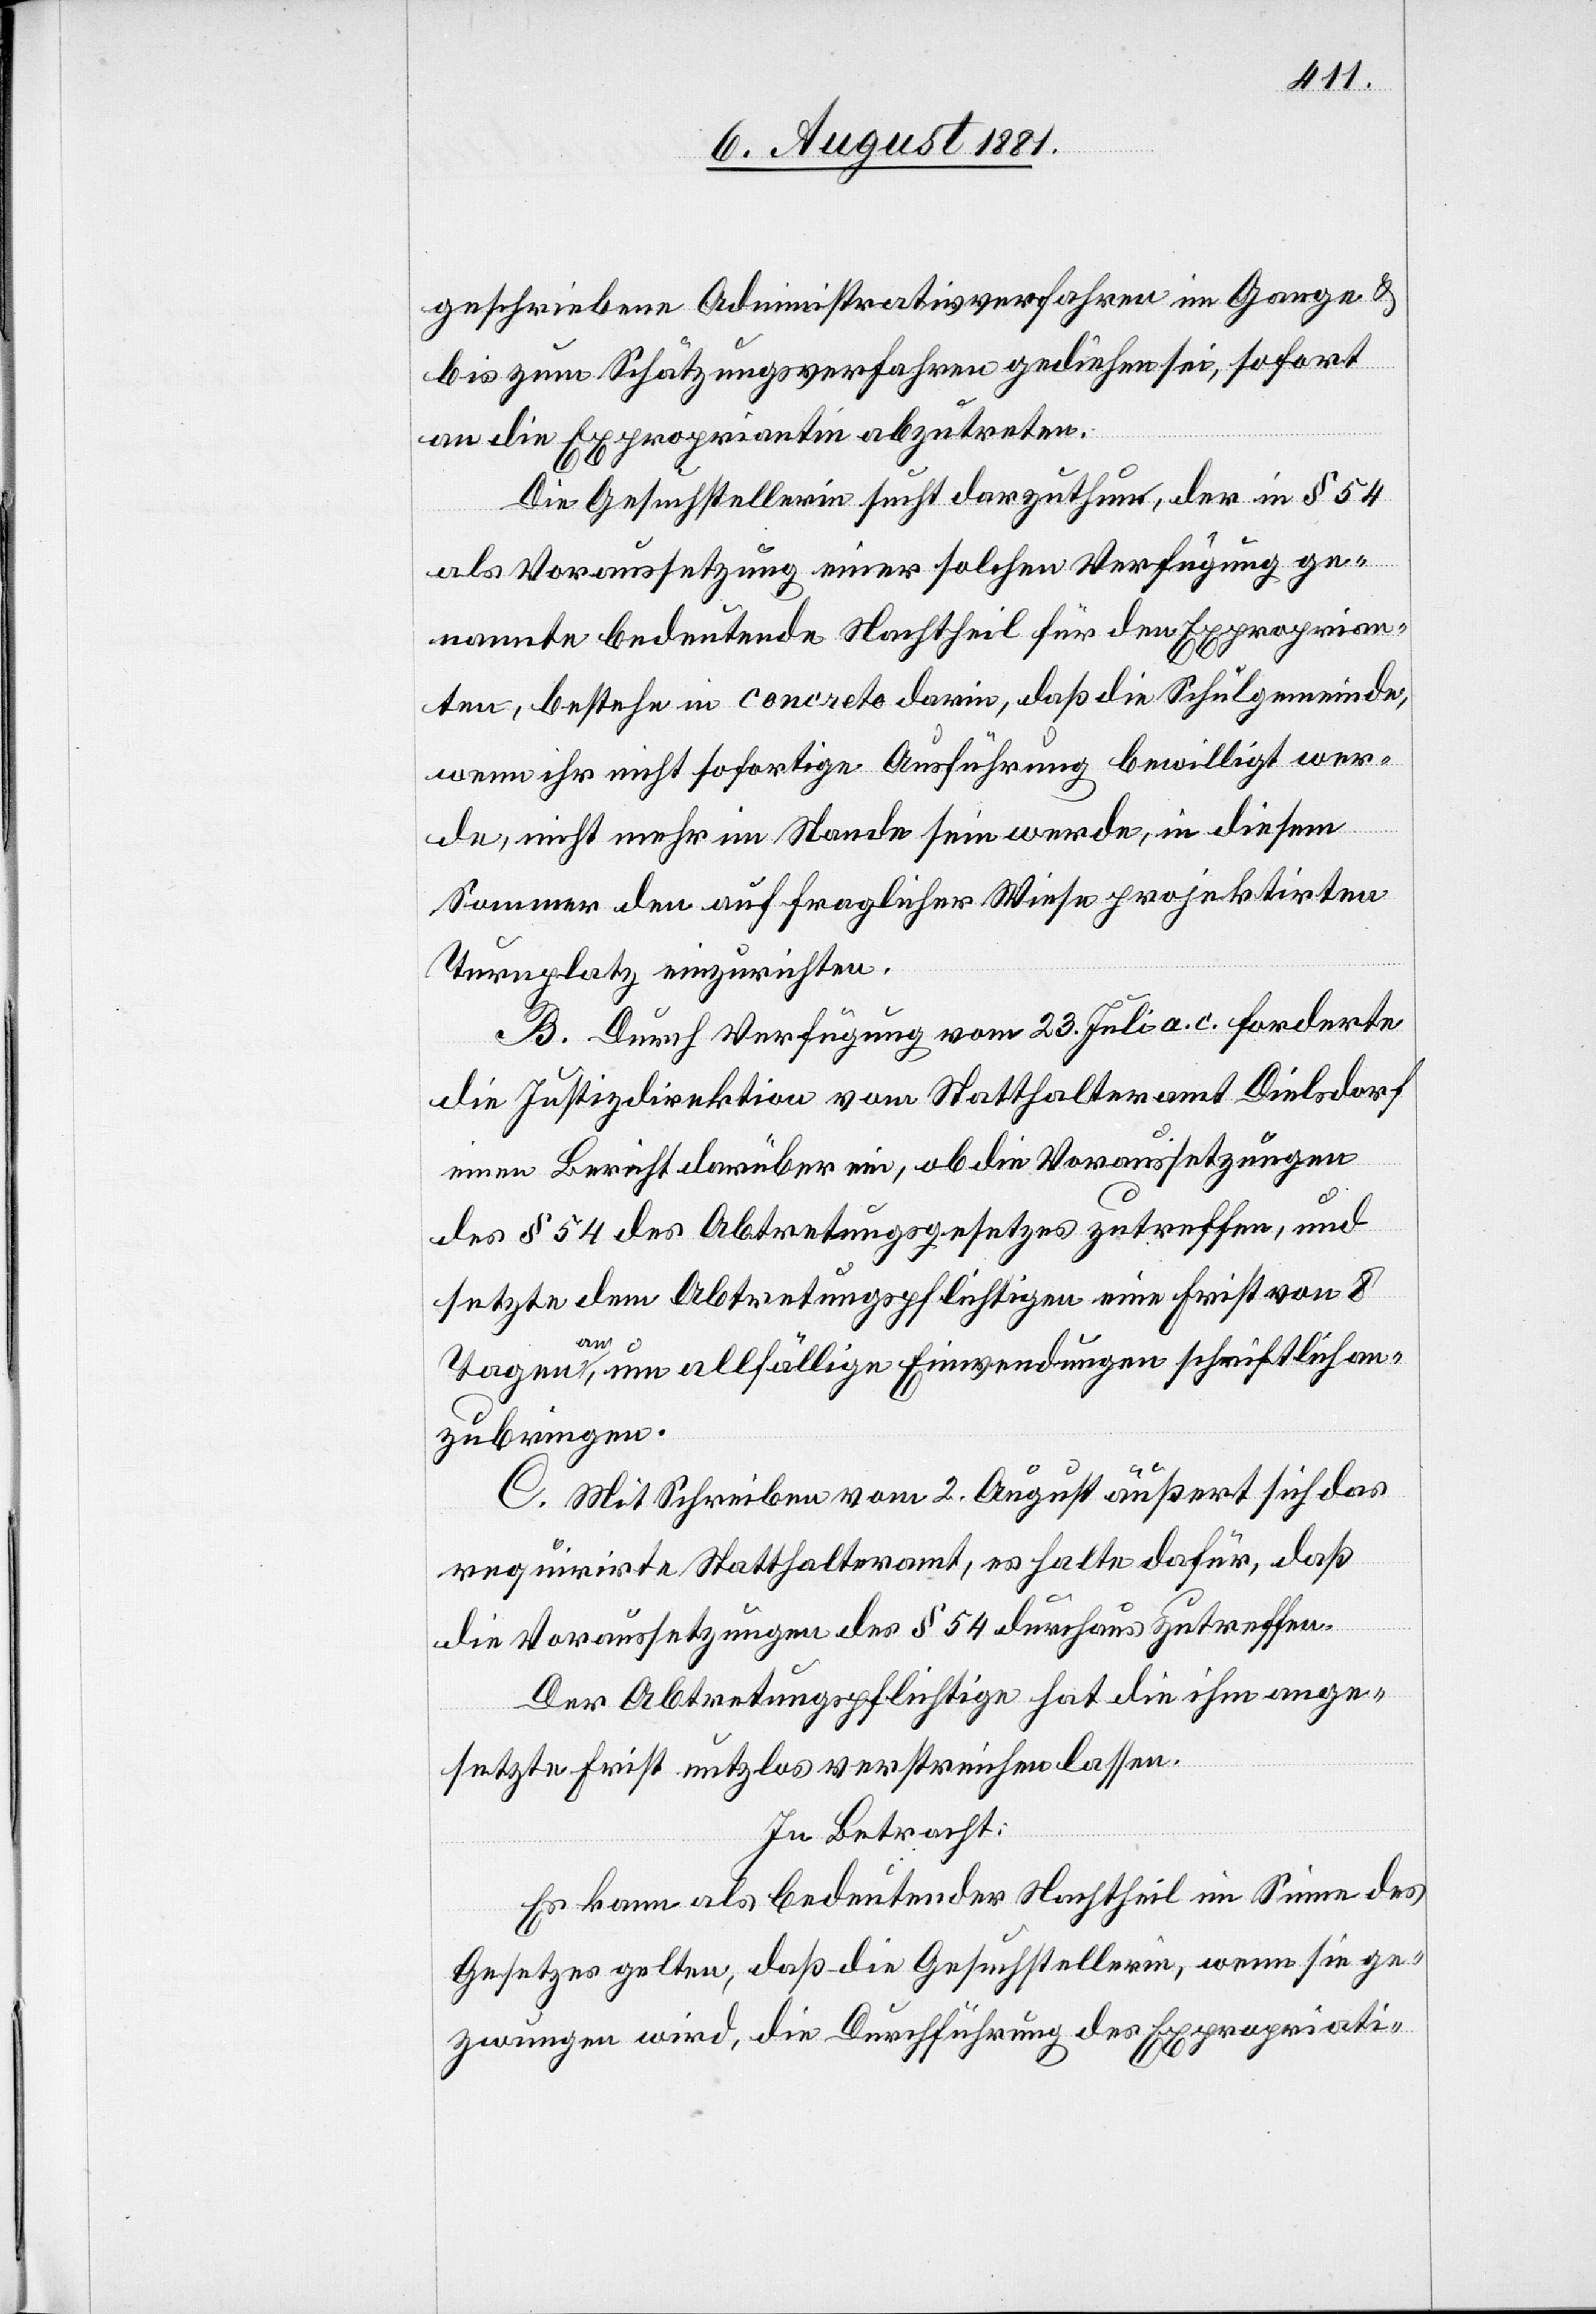
geschriebene Administrativverfahren im Gange &
bis zum Schätzungsverfahren gediehen sei, sofort
an die Expropriation abzutreten.
Die Gesuchstellerin sucht darzuthun, der in § 54
als Voraussetzung einer solchen Verfügung ge¬
nannte bedeutende Nachtheil für den Exproprian¬
ten, bestehe in concreto darin, daß die Schulgemeinde,
wenn ihr nicht sofortige Ausführung bewilligt wer¬
de, nicht mehr im Stande sein werde, in diesem
Sommer den auf fraglicher Weise projektirten
Turnplatz einzurichten.
B. Durch Verfügung vom 23. Juli a. c. forderte
die Justizdirektion vom Statthalteramt Dielsdorf
einen Bericht darüber ein, ob die Voraussetzungen
des § 54 des Abtretungsgesetzes zutreffen, und
setzte dem Abtretungspflichtigen eine Frist von 8
Tagen an, um allfällige Einwendungen schriftlich an¬
zubringen.
C. Mit Schreiben vom 2. August äußert sich das
requirirte Statthalteramt, es halte dafür, daß
die Voraussetzungen des § 54 durchaus zutreffen.
Der Abtretungspflichtige hat die ihm ange¬
setzte Frist nutzlos verstreichen lassen.
In Betracht:
Es kann als bedeutender Nachtheil im Sinne des
Gesetzes gelten, daß die Gesuchstellerin, wenn sie ge¬
zwungen wird, die Durchführung des Expropriati-